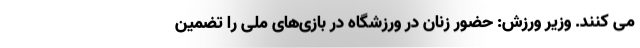
می کنند. وزیر ورزش: حضور زنان در ورزشگاه در بازی‌های ملی را تضمین